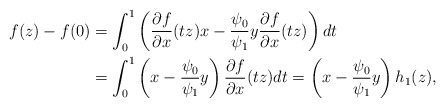
\begin{align*}f(z)-f(0) &= \int_{0}^1 \left( \frac{\partial f }{\partial x}(tz) x - \frac{ \psi_0}{\psi_1} y \frac{\partial f}{\partial x } (tz) \right) dt \\ & = \int_{0}^1 \left( x - \frac{ \psi_0}{\psi_1} y \right) \frac{\partial f }{\partial x}(tz) dt = \left( x - \frac{ \psi_0}{\psi_1} y \right) h_1(z),\\ \end{align*}